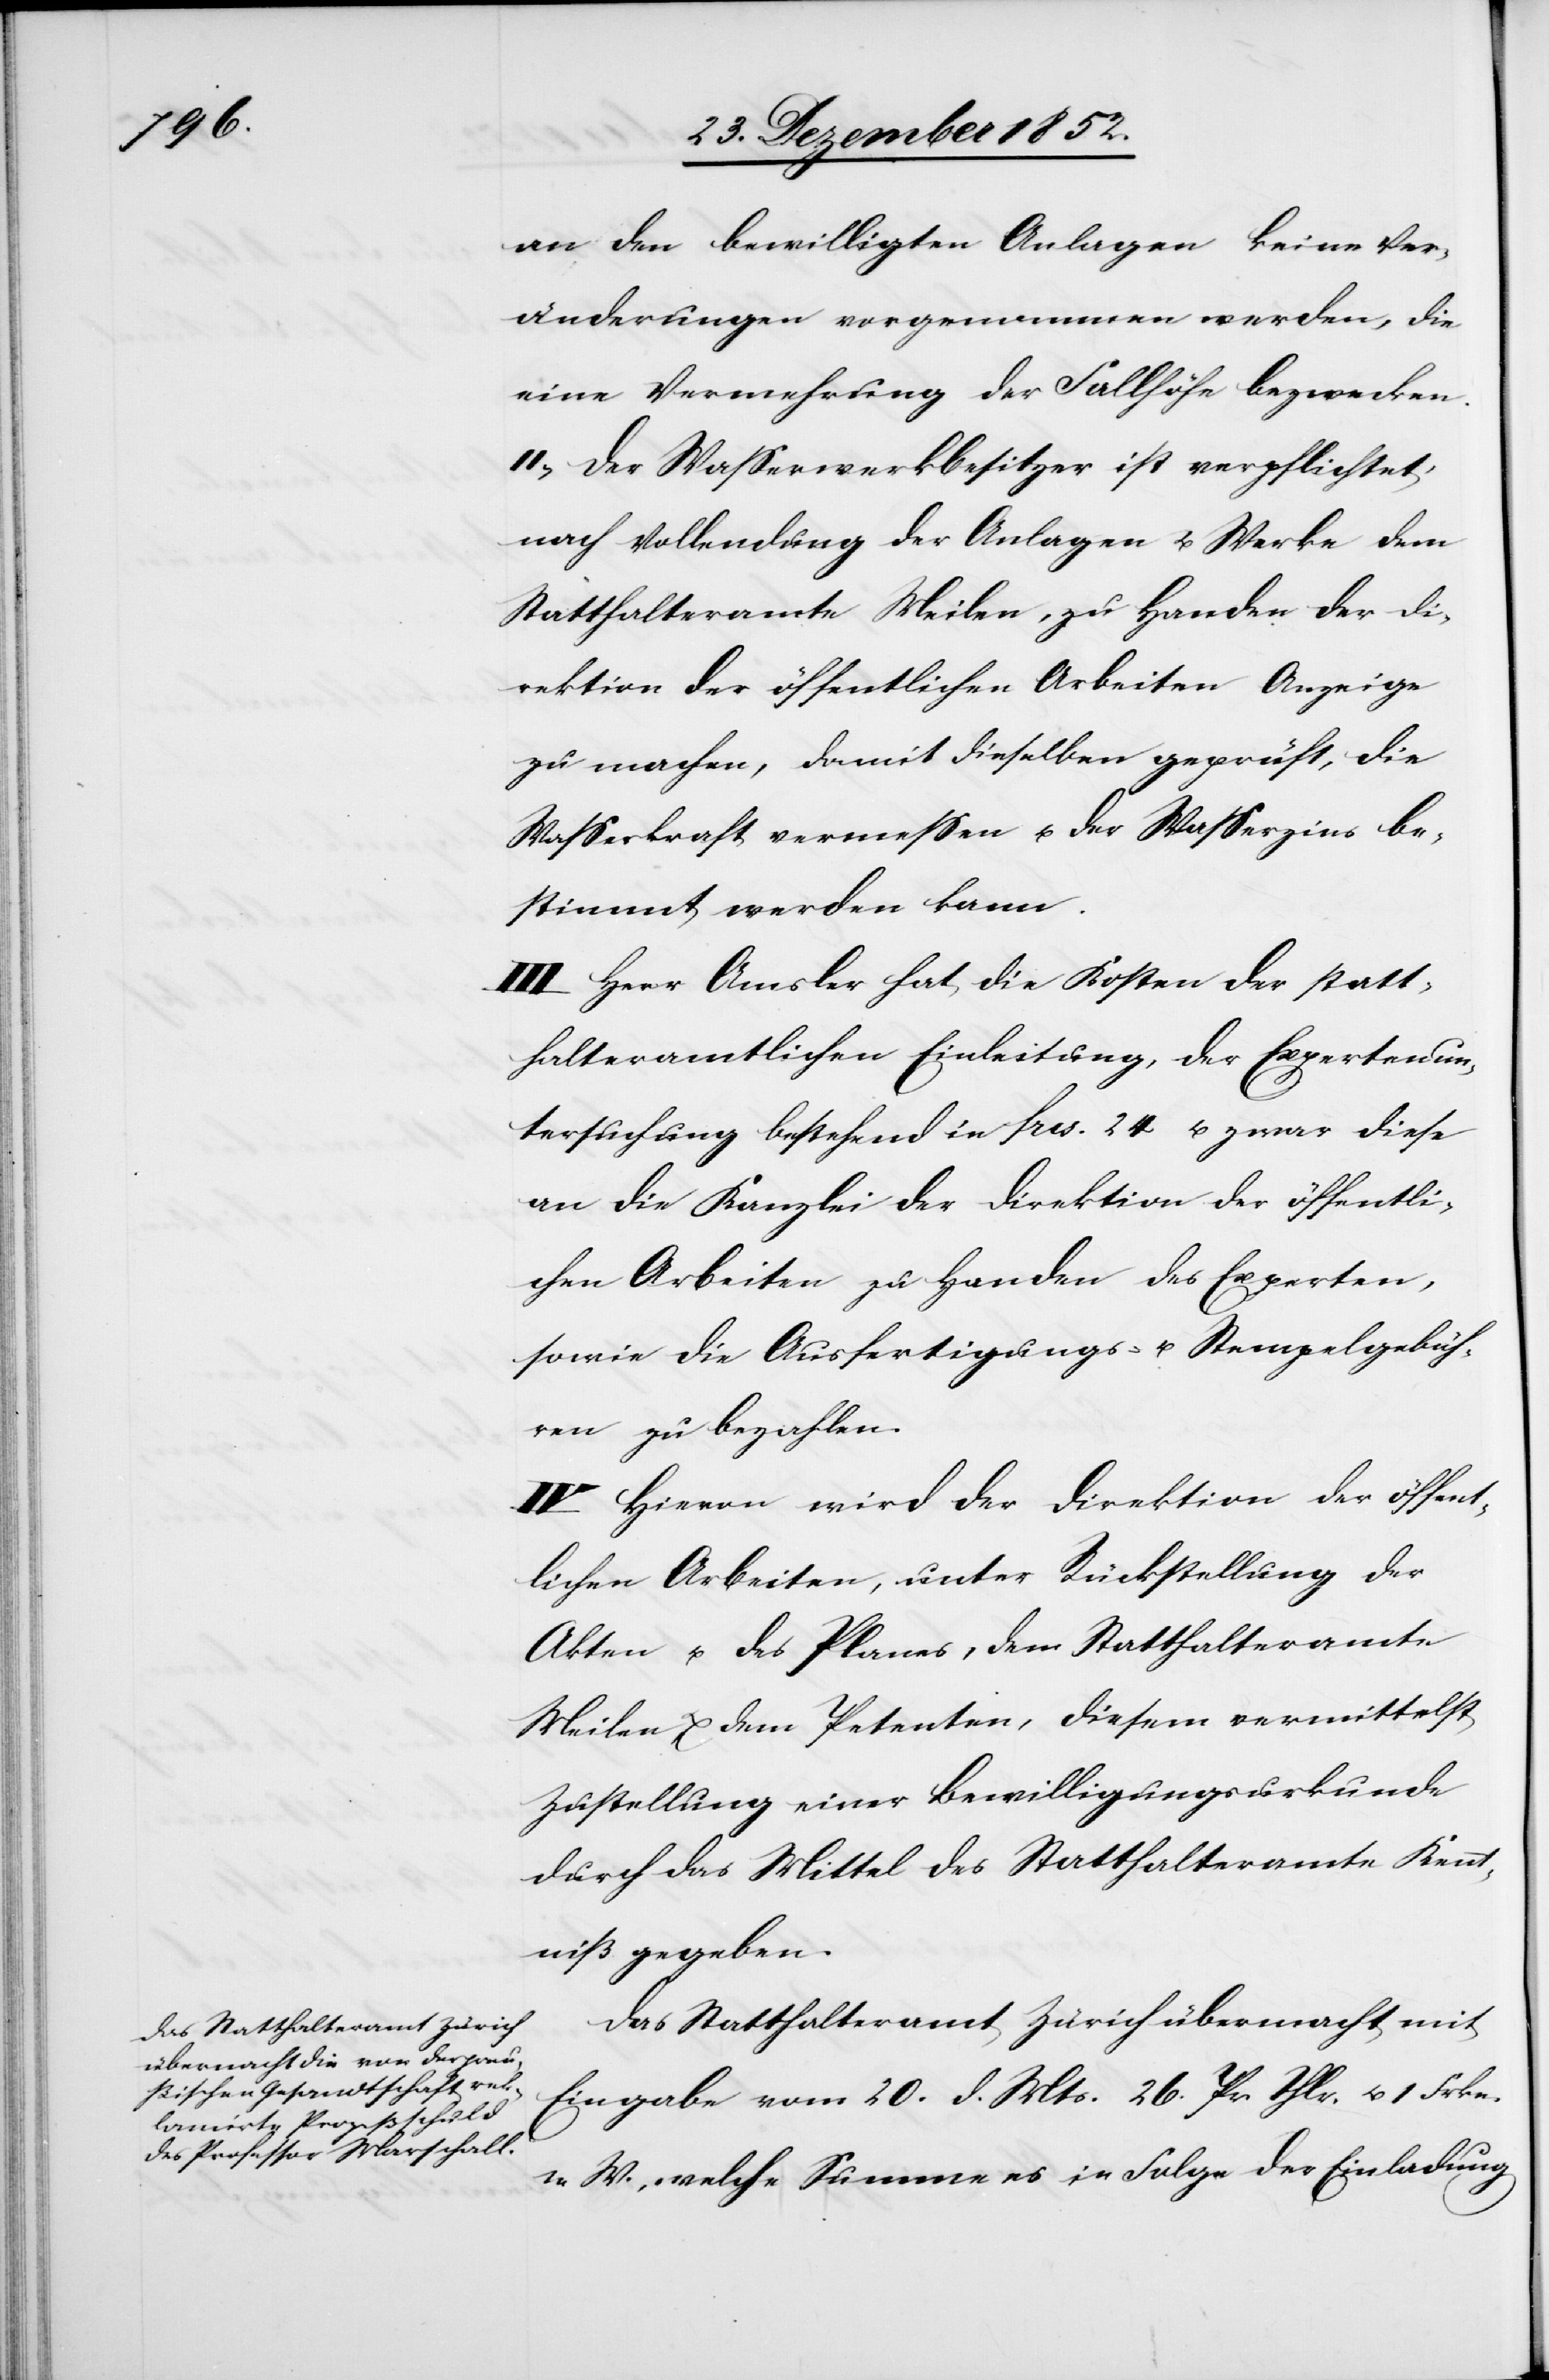
an den bewilligten Anlagen keine Ver¬
änderungen vorgenommen werden, die
eine Vermehrung der Fallhöhe bezwecken.
II, Der Wasserwerkbesitzer ist verpflichtet,
nach Vollendung der Anlagen u. Werke dem
Statthalteramte Meilen, zu Handen der Di¬
rektion der öffentlichen Arbeiten Anzeige
zu machen, damit dieselben geprüft, die
Wasserkraft vermessen u. der Wasserzins be¬
stimmt werden kann.
III Herr Amsler hat die Kosten der statt¬
halteramtlichen Einleitung, der Expertenun¬
tersuchung bestehend in frcs. 24 u. zwar diese
an die Kanzlei der Direktion der öffentli¬
chen Arbeiten zu Handen des Experten,
sowie die Ausfertigungs- u. Stempelgebüh¬
ren zu bezahlen.
IV Hievon wird der Direktion der öffent¬
lichen Arbeiten, unter Rückstellung der
Akten u. des Planes, dem Statthalteramte
Meilen & dem Petenten, diesem vermittelst
Zustellung einer Bewilligungsurkunde
durch das Mittel des Statthalteramte[s] Kennt¬
niß gegeben.
Das Statthalteramt Zürich übermacht mit
Eingabe vom 20. d. Mts. 26. Pr Thlr. u. 1 Frkn.
n. W., welche Summe es in Folge der Einladung